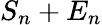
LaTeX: S_{n}+E_{n}